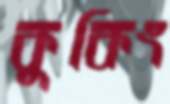
কুকিং